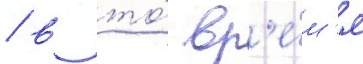
/ в то́ вр'е́м'я